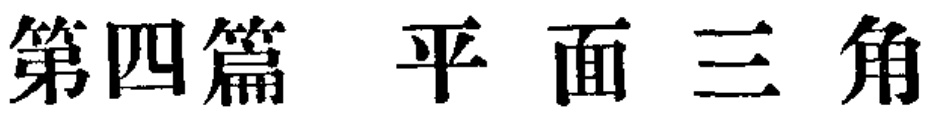
第四篇 平面三角